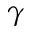
\gamma